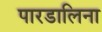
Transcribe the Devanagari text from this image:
पारडालिना